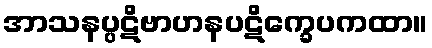
အာသနပ္ပဋိဗာဟနပဋိက္ခေပကထာ။